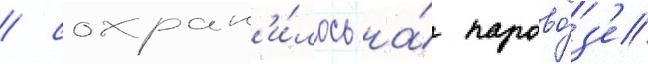
/ сохран'и́лось на́ парово́з'е